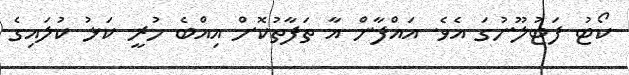
ކޯޓު ފަޓުލޫނުގަ އެވެ. އައްފާން އާ ތަފާތުކޮށް އިއްބެ ހުރީ ކަޅު ކުލައިގެ